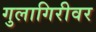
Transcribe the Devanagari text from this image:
गुलागिरीवर